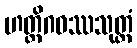
ဟတ္ထိဂဝဿသုတ္တံ